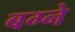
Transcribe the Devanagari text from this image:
बग्ने